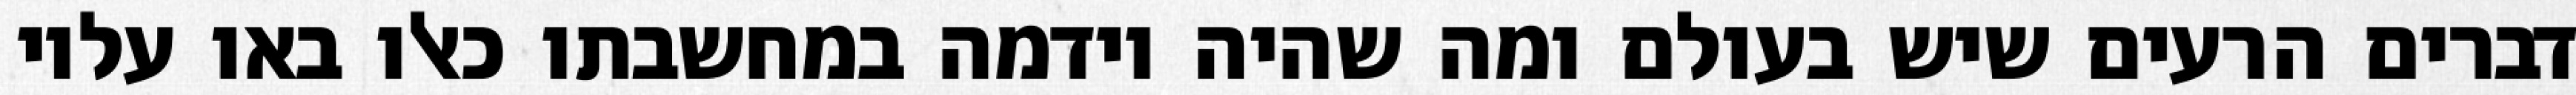
דברים הרעים שיש בעולם ומה שהיה וידמה במחשבתו כאלו באו עליו